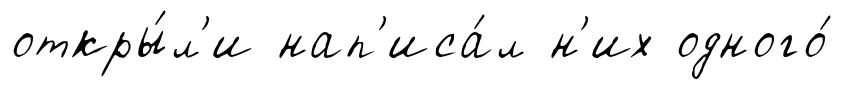
откры́л'и нап'иса́л н'их одного́